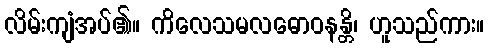
လိမ်းကျံအပ်၏။ ကိလေသမလဓောဝနန္တိ၊ ဟူသည်ကား။